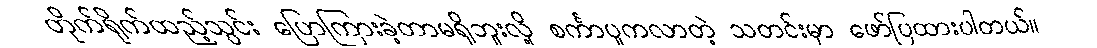
တိုက်ရိုက်ထည့်သွင်း ပြောကြားခဲ့တာမရှိဘူးလို့ စင်္ကာပူကလာတဲ့ သတင်းမှာ ဖော်ပြထားပါတယ်။